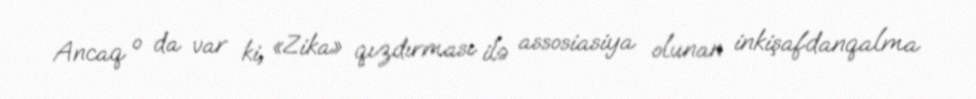
Ancaq o da var ki, «Zika» qızdırması ilə assosiasiya olunan inkişafdanqalma